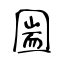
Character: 圌